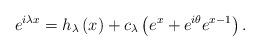
LaTeX: \begin{align*}e^{i\lambda x}=h_{\lambda}\left(x\right)+c_{\lambda}\left(e^{x}+e^{i\theta}e^{x-1}\right).\end{align*}